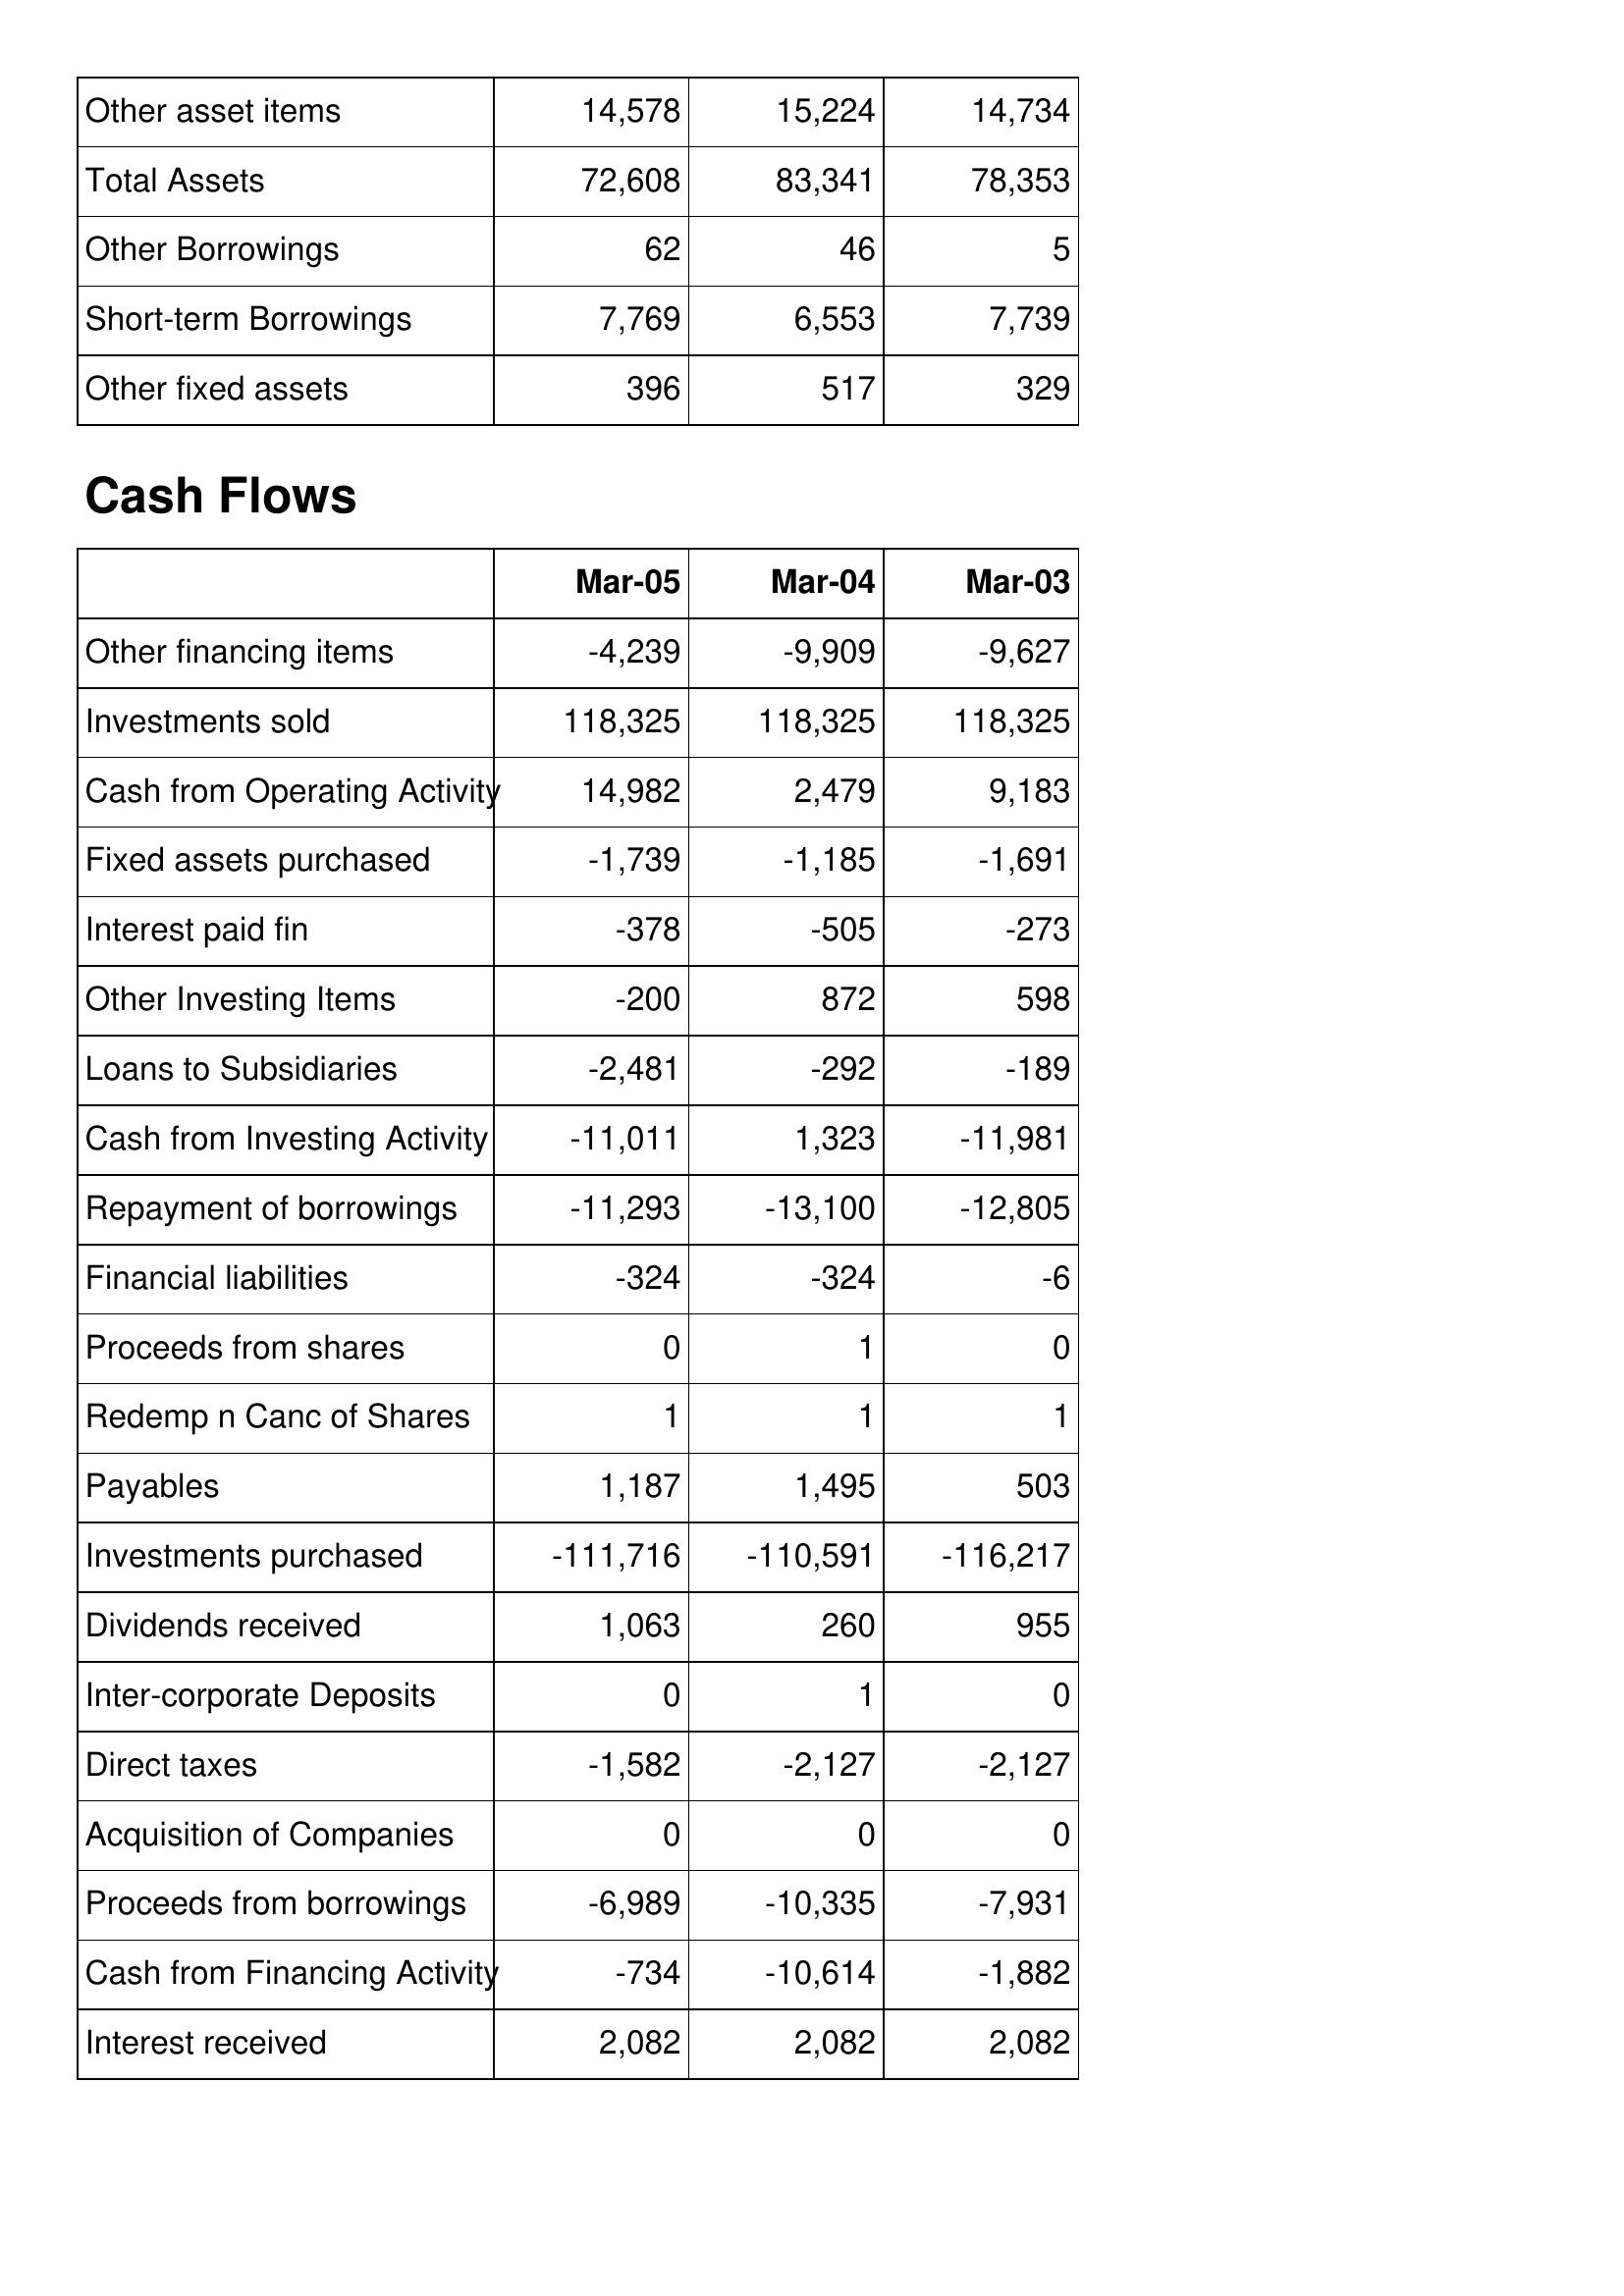
Mar-05: Balance Sheet: Other asset items: 14,578
Total Assets: 72,608
Other Borrowings: 62
Short-term Borrowings: 7,769
Other fixed assets: 396
Cash Flows: Other financing items: -4,239
Investments sold: 118,325
Cash from Operating Activity: 14,982
Fixed assets purchased: -1,739
Interest paid fin: -378
Other Investing Items: -200
Loans to Subsidiaries: -2,481
Cash from Investing Activity: -11,011
Repayment of borrowings: -11,293
Financial liabilities: -324
Proceeds from shares: 0
Redemp n Canc of Shares: 1
Payables: 1,187
Investments purchased: -111,716
Dividends received: 1,063
Inter-corporate Deposits: 0
Direct taxes: -1,582
Acquisition of Companies: 0
Proceeds from borrowings: -6,989
Cash from Financing Activity: -734
Interest received: 2,082
Mar-04: Balance Sheet: Other asset items: 15,224
Total Assets: 83,341
Other Borrowings: 46
Short-term Borrowings: 6,553
Other fixed assets: 517
Cash Flows: Other financing items: -9,909
Investments sold: 118,325
Cash from Operating Activity: 2,479
Fixed assets purchased: -1,185
Interest paid fin: -505
Other Investing Items: 872
Loans to Subsidiaries: -292
Cash from Investing Activity: 1,323
Repayment of borrowings: -13,100
Financial liabilities: -324
Proceeds from shares: 1
Redemp n Canc of Shares: 1
Payables: 1,495
Investments purchased: -110,591
Dividends received: 260
Inter-corporate Deposits: 1
Direct taxes: -2,127
Acquisition of Companies: 0
Proceeds from borrowings: -10,335
Cash from Financing Activity: -10,614
Interest received: 2,082
Mar-03: Balance Sheet: Other asset items: 14,734
Total Assets: 78,353
Other Borrowings: 5
Short-term Borrowings: 7,739
Other fixed assets: 329
Cash Flows: Other financing items: -9,627
Investments sold: 118,325
Cash from Operating Activity: 9,183
Fixed assets purchased: -1,691
Interest paid fin: -273
Other Investing Items: 598
Loans to Subsidiaries: -189
Cash from Investing Activity: -11,981
Repayment of borrowings: -12,805
Financial liabilities: -6
Proceeds from shares: 0
Redemp n Canc of Shares: 1
Payables: 503
Investments purchased: -116,217
Dividends received: 955
Inter-corporate Deposits: 0
Direct taxes: -2,127
Acquisition of Companies: 0
Proceeds from borrowings: -7,931
Cash from Financing Activity: -1,882
Interest received: 2,082